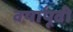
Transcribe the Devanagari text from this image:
वषा॔पूवी॔